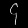
Digit: ၄